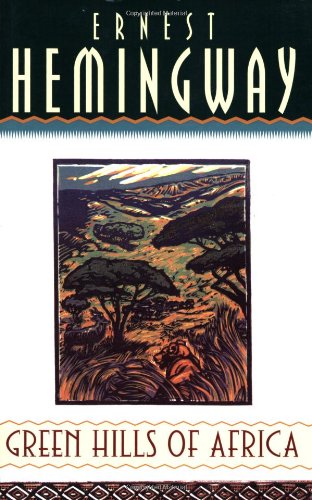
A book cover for Green Hills of Africa; Ernest Hemingway; Literature & Fiction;